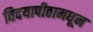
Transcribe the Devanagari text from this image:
विदयापीठामधून